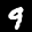
Label: 9